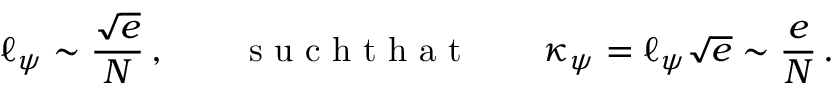
\ell _ { \psi } \sim \frac { \sqrt { e } } { N } \, , \qquad \mathrm { ~ s ~ u ~ c ~ h ~ t ~ h ~ a ~ t ~ } \qquad \kappa _ { \psi } = \ell _ { \psi } \sqrt { e } \sim \frac { e } { N } \, .